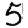
Digit: 5